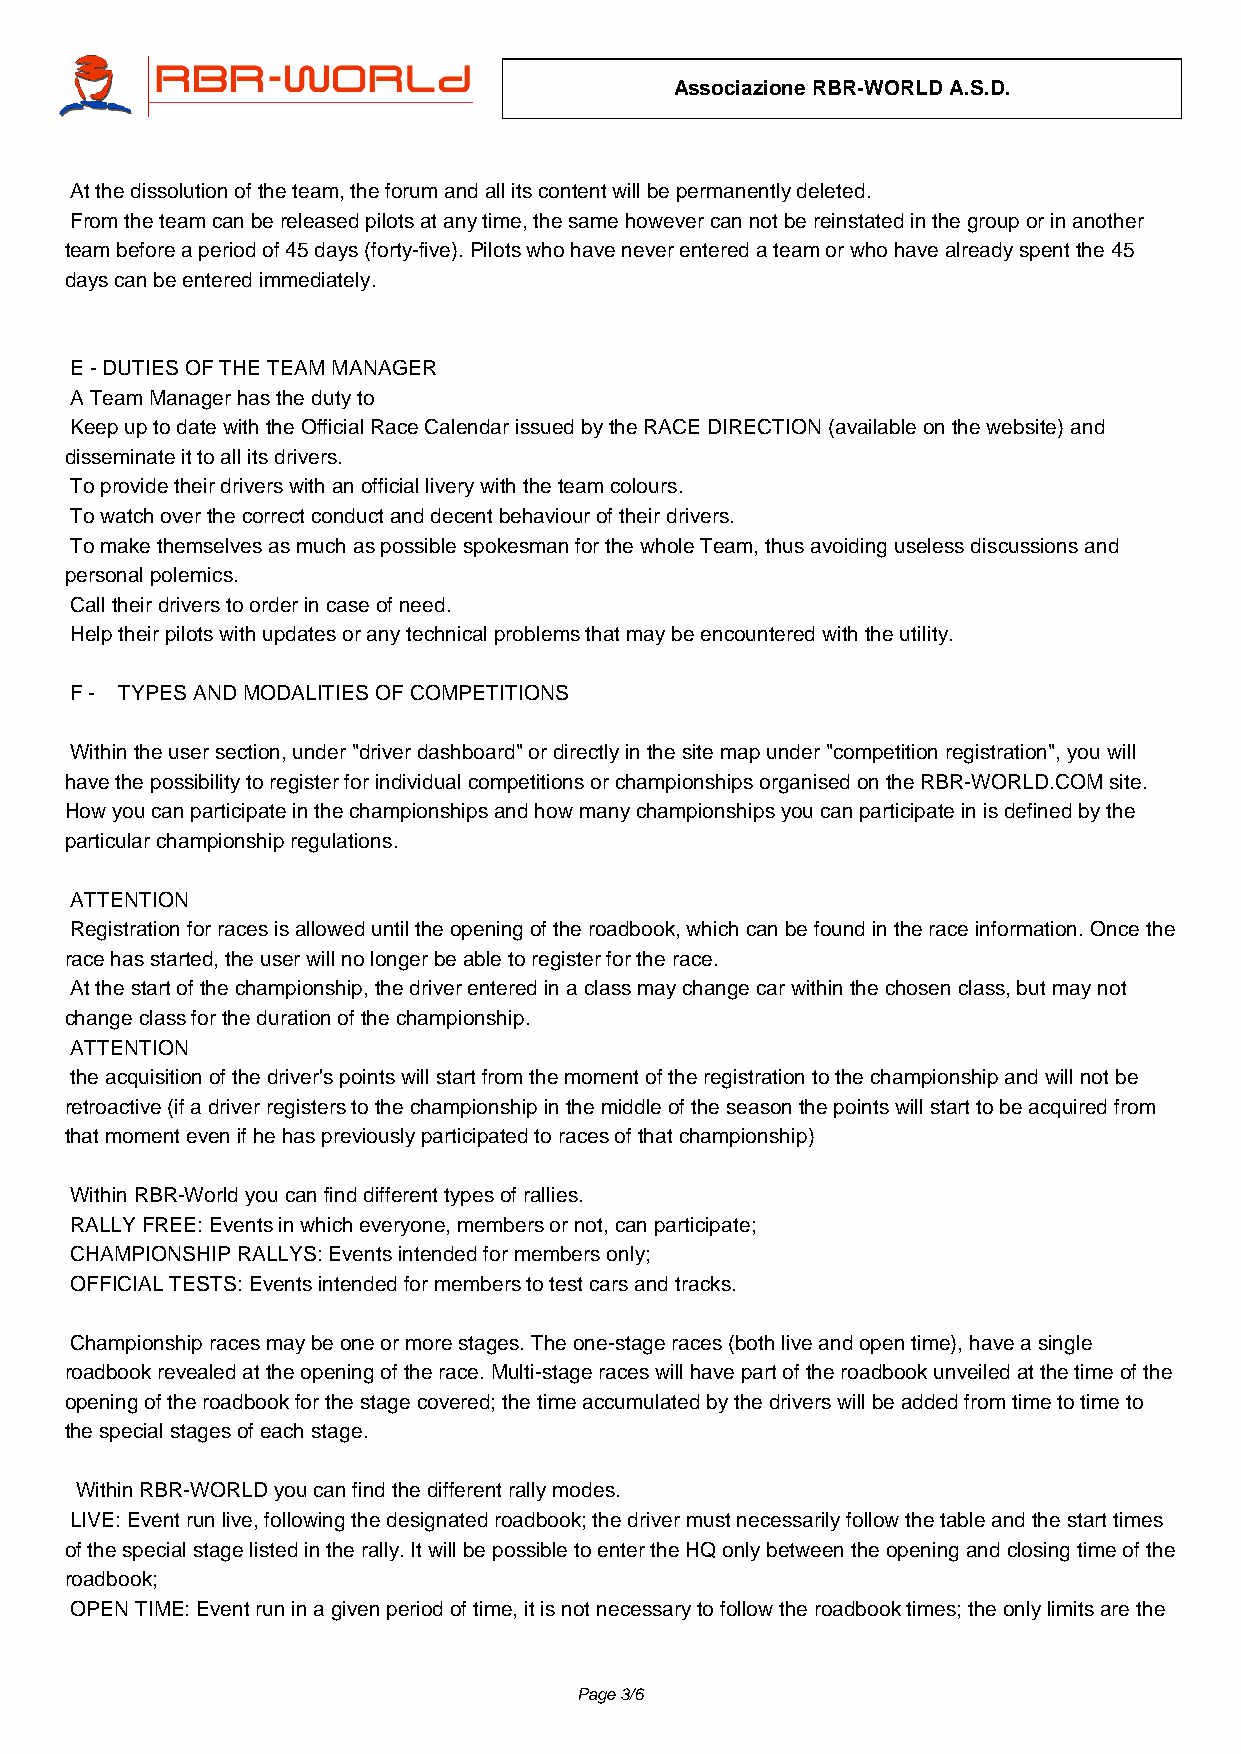
Associazione RBR-WORLD A.S.D.
 At the dissolution of the team, the forum and all its content will be permanently deleted.
 From the team can be released pilots at any time, the same however can not be reinstated in the group or in another
 team before a period of 45 days (forty-five). Pilots who have never entered a team or who have already spent the 45
 days can be entered immediately.
 E - DUTIES OF THE TEAM MANAGER
 A Team Manager has the duty to
 Keep up to date with the Official Race Calendar issued by the RACE DIRECTION (available on the website) and
 disseminate it to all its drivers.
 To provide their drivers with an official livery with the team colours.
 To watch over the correct conduct and decent behaviour of their drivers.
 To make themselves as much as possible spokesman for the whole Team, thus avoiding useless discussions and
 personal polemics.
 Call their drivers to order in case of need.
 Help their pilots with updates or any technical problems that may be encountered with the utility.
 F - TYPES AND MODALITIES OF COMPETITIONS
 Within the user section, under "driver dashboard" or directly in the site map under "competition registration", you will
 have the possibility to register for individual competitions or championships organised on the RBR-WORLD.COM site.
 How you can participate in the championships and how many championships you can participate in is defined by the
 particular championship regulations.
 ATTENTION
 Registration for races is allowed until the opening of the roadbook, which can be found in the race information. Once the
 race has started, the user will no longer be able to register for the race.
 At the start of the championship, the driver entered in a class may change car within the chosen class, but may not
 change class for the duration of the championship.
 ATTENTION
 the acquisition of the driver's points will start from the moment of the registration to the championship and will not be
 retroactive (if a driver registers to the championship in the middle of the season the points will start to be acquired from
 that moment even if he has previously participated to races of that championship)
 Within RBR-World you can find different types of rallies.
 RALLY FREE: Events in which everyone, members or not, can participate;
 CHAMPIONSHIP RALLYS: Events intended for members only;
 OFFICIAL TESTS: Events intended for members to test cars and tracks.
 Championship races may be one or more stages. The one-stage races (both live and open time), have a single
 roadbook revealed at the opening of the race. Multi-stage races will have part of the roadbook unveiled at the time of the
 opening of the roadbook for the stage covered; the time accumulated by the drivers will be added from time to time to
 the special stages of each stage.
 Within RBR-WORLD you can find the different rally modes.
 LIVE: Event run live, following the designated roadbook; the driver must necessarily follow the table and the start times
 of the special stage listed in the rally. It will be possible to enter the HQ only between the opening and closing time of the
 roadbook;
 OPEN TIME: Event run in a given period of time, it is not necessary to follow the roadbook times; the only limits are the
 Page 3/6